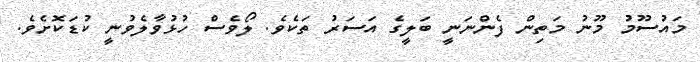
މައުސޫމު މޫނު މަތިން ފެންނަނީ ބަލީގެ އަސަރު ތަކެވެ. ލޯވެސް ހުޅުވާލެވުނީ ކުޑަކޮށެވެ.